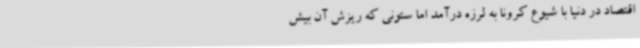
اقتصاد در دنیا با شیوع کرونا به لرزه درآمد اما ستونی که ریزش آن بیش